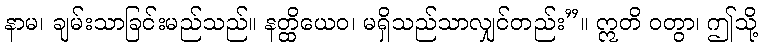
နာမ၊ ချမ်းသာခြင်းမည်သည်။ နတ္ထိယေဝ၊ မရှိသည်သာလျှင်တည်း”။ ဣတိ ဝတွာ၊ ဤသို့